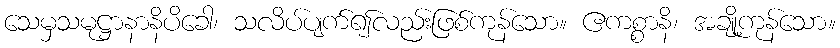
သေမှသမုဋ္ဌာနာနိပိခေါ၊ သလိပ်ပျက်၍လည်းဖြစ်ကုန်သော။ ဧကစ္စာနိ၊ အချို့ကုန်သော။